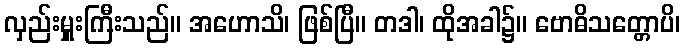
လှည်းမှူးကြီးသည်။ အဟောသိ၊ ဖြစ်ပြီ။ တဒါ၊ ထိုအခါ၌။ ဗောဓိသတ္တောပိ၊